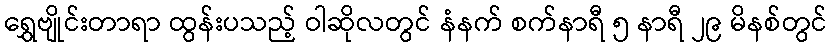
ရွှေဗျိုင်းတာရာ ထွန်းပသည့် ဝါဆိုလတွင် နံနက် စက်နာရီ ၅ နာရီ ၂၉ မိနစ်တွင်